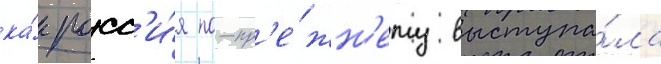
ка́к росс'и́я по-пр'е́жн'ему выступа́ла